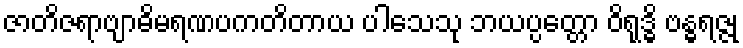
ဇာတိဇရာဗျာဓိမရဏပကတိတာယ ပါသေသု ဘယပ္ပတ္တော ဝိရုဒ္ဓိ ဗန္ဓရဇ္ဇု